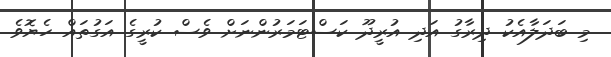
މި ބަދަލާއެކު ދިރާގު އަދި އުރީދޫ ކަސްޓަމަރުންނަށް ވެސް ކުރީގެ އަގުތައް ހެޔޮވެ